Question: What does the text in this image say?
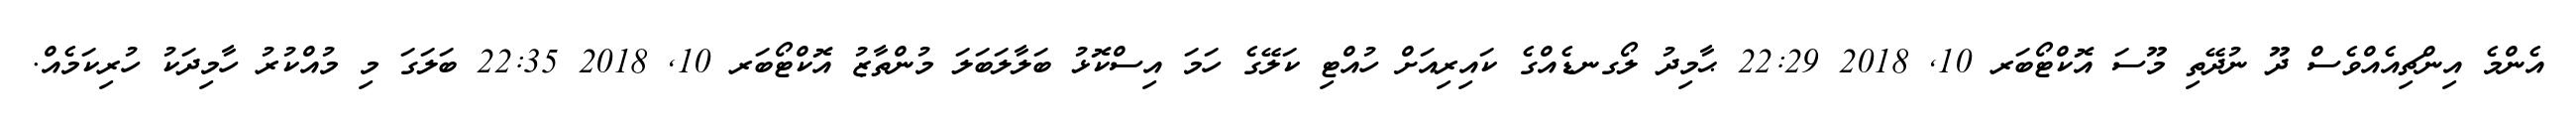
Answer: އެންމެ އިންޗިއެއްވެސް ދޫ ނުދޭތި މޫސަ އޮކްޓޯބަރ 10, 2018 22:29 ޙާމިދު ލޯގނޑެއްގެ ކައިރިއަށް ހުއްޓި ކަލޭގެ ހަމަ އިސްކޮޅު ބަލާލަބަލަ މުންތާޒު އޮކްޓޯބަރ 10, 2018 22:35 ބަލަގަ މި މުއްކުރު ހާމިދަކު ހުރިކަމެއް.